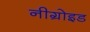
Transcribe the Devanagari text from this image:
नीग्रोइड